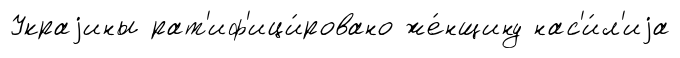
Украjины рат'иф'ици́ровано же́нщину нас'и́л'иjа